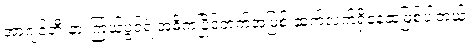
အာဂျင်တီးနားကြယ်ပွင့်ရဲ့အဓိကပြိုင်ဘက်အဖြစ် ဆက်လက်ရှိနေဆဲဖြစ်ပါတယ်။